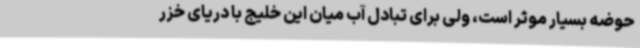
حوضه بسیار موثر است، ولی برای تبادل آب میان این خلیج با دریای خزر